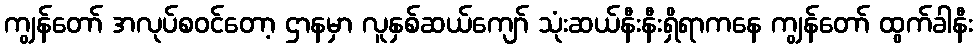
ကျွန်တော် အလုပ်စဝင်တော့ ဌာနမှာ လူနှစ်ဆယ်ကျော် သုံးဆယ်နီးနီးရှိရာကနေ ကျွန်တော် ထွက်ခါနီး